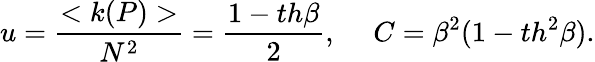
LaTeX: u=\frac{<k(P)>}{N^{2}}=\frac{1-th\beta}{2},~~~~~C=\beta^{2}(1-th^{2}\beta).